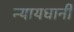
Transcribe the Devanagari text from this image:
न्यायधानी